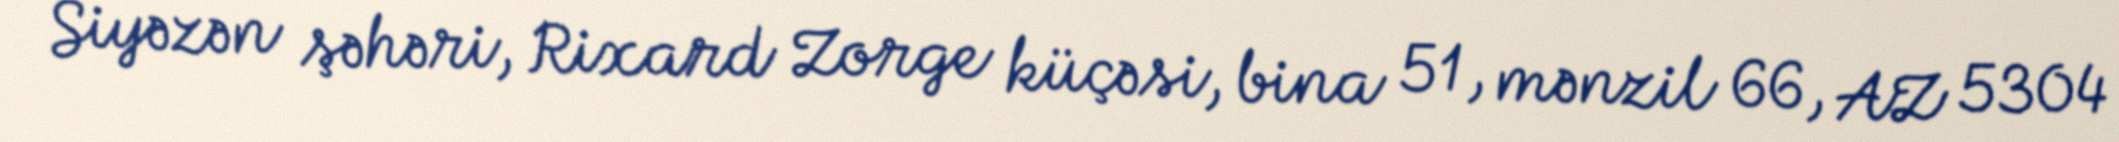
Siyəzən şəhəri, Rixard Zorge küçəsi, bina 51, mənzil 66, AZ 5304